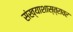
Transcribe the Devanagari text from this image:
संख्याशास्त्रावर